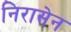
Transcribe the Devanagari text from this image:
निरासेन